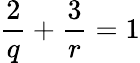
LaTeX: \frac{2}{q}+\frac{3}{r}=1